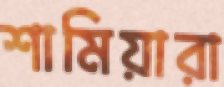
শামিয়ারা